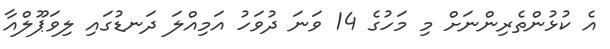
އެ ކުޅުންތެރިންނަށް މި މަހުގެ 14 ވަނަ ދުވަހު އަމިއްލަ ދަނޑުގައި ލިވަޕޫލްއާ